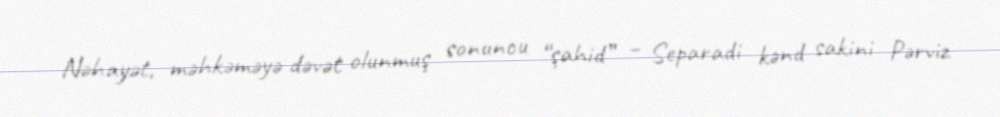
Nəhayət, məhkəməyə dəvət olunmuş sonuncu “şahid” – Separadi kənd sakini Pərviz